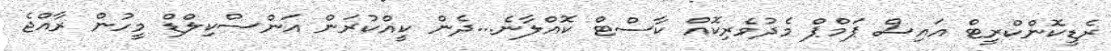
ރެޑީކޮންކްރީޓް އައިސް ޕަމްޕް މެދުވެރިކޮއް ކާސްޓް ކޮއްލާނެ...ދެން ކީއްކުރަން އަންސްކިލްޑް މީހުން ރާއްޖެ